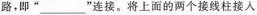
路，即”___”连接。将上面的两个接线柱接入